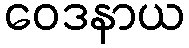
ဝေဒနာယ